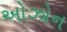
ઓઝોન